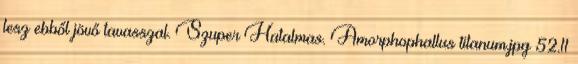
lesz ebből jövő tavasszal. Szuper Hatalmas. Amorphophallus titanum.jpg 52.11